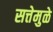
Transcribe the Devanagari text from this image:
सत्तेमुळे